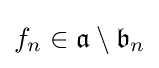
f_{n}\in {\mathfrak {a}}\setminus {\mathfrak {b}}_{n}